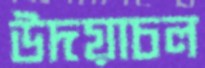
উদয়াচল